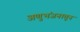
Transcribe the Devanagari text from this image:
अणुभंजनातून